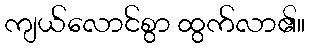
ကျယ်လောင်စွာ ထွက်လာ၏။